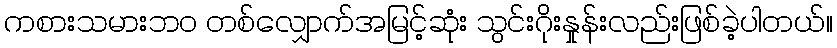
ကစားသမားဘ၀ တစ်လျှောက်အမြင့်ဆုံး သွင်းဂိုးနှုန်းလည်းဖြစ်ခဲ့ပါတယ်။